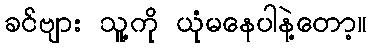
ခင်ဗျား သူ့ကို ယုံမနေပါနဲ့တော့။